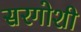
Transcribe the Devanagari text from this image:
सरगोशी